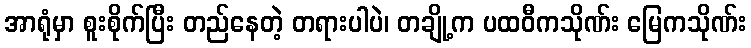
အာရုံမှာ စူးစိုက်ပြီး တည်နေတဲ့ တရားပါပဲ၊ တချို့က ပထဝီကသိုဏ်း မြေကသိုဏ်း